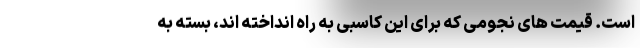
است. قیمت های نجومی که برای این کاسبی به راه انداخته اند، بسته به